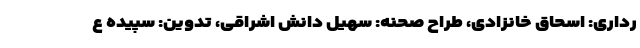
رداری: اسحاق خانزادی، طراح صحنه: سهیل دانش اشراقی، تدوین: سپیده ع